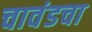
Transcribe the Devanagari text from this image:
चावंडचा